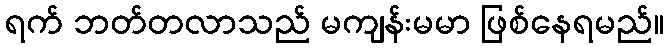
ရက် ဘတ်တလာသည် မကျန်းမမာ ဖြစ်နေရမည်။